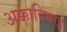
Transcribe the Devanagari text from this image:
अक्कादियाई